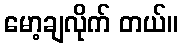
မော့ချလိုက် တယ်။